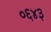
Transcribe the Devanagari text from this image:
०६४३